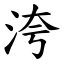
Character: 洿